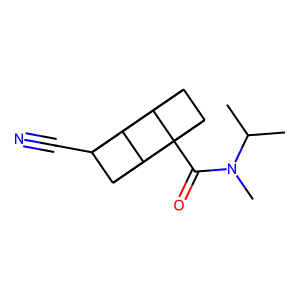
SMILES: CC(C)N(C)C(=O)C12C3C4C1C1C2C3C41C#N
Inhibits HIV replication: No